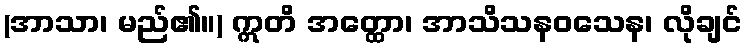
(အာသာ၊ မည်၏။) ဣတိ အတ္ထော၊ အာသိသနဝသေန၊ လိုချင်